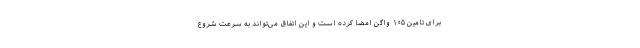
برای تامین ۱۰۵ واگن امضا کرده است و این اتفاق می‌تواند به سرعت شروع